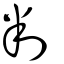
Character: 判